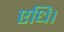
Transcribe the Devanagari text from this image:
एधि।